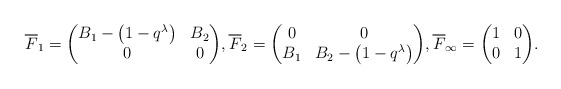
\begin{align*}&\overline{F}_1 = \begin{pmatrix} B_1-\big(1-q^{\lambda}\big) & B_2\\ 0 & 0 \end{pmatrix}\!, \overline{F}_2 = \begin{pmatrix} 0 & 0\\ B_1 & B_2-\big(1-q^{\lambda}\big) \end{pmatrix}\!, \overline{F}_{\infty} = \begin{pmatrix} 1 & 0\\ 0 & 1 \end{pmatrix}\!.\end{align*}